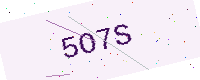
Text: 5O7S